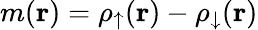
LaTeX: m({\mathbf r})=\rho_{\uparrow}({\mathbf r})-\rho_{\downarrow}({\mathbf r})